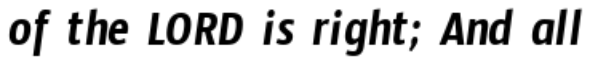
of the LORD is right; And all